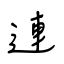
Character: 連